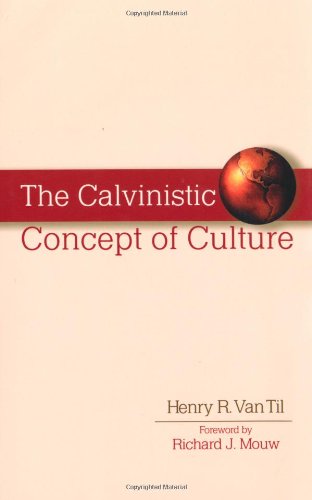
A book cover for The Calvinistic Concept of Culture; Henry R. Van Til; Christian Books & Bibles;